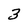
Character: 3